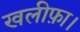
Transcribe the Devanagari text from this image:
खलीफ़ा।